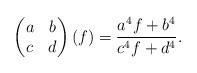
LaTeX: \begin{align*}\begin{pmatrix} a & b \\c & d \end{pmatrix}(f) = \frac{a^4 f + b^4}{c^4 f + d^4}.\end{align*}